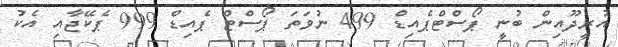
އުރީދޫއިން ބުނީ ޕޯސްޓްޕެއިޑް 499 ނުވަތަ ޕޯސްޓް ޕެއިޑް 999 ޕެކޭޖާއި އެކު